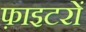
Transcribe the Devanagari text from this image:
फ़ाइटरों